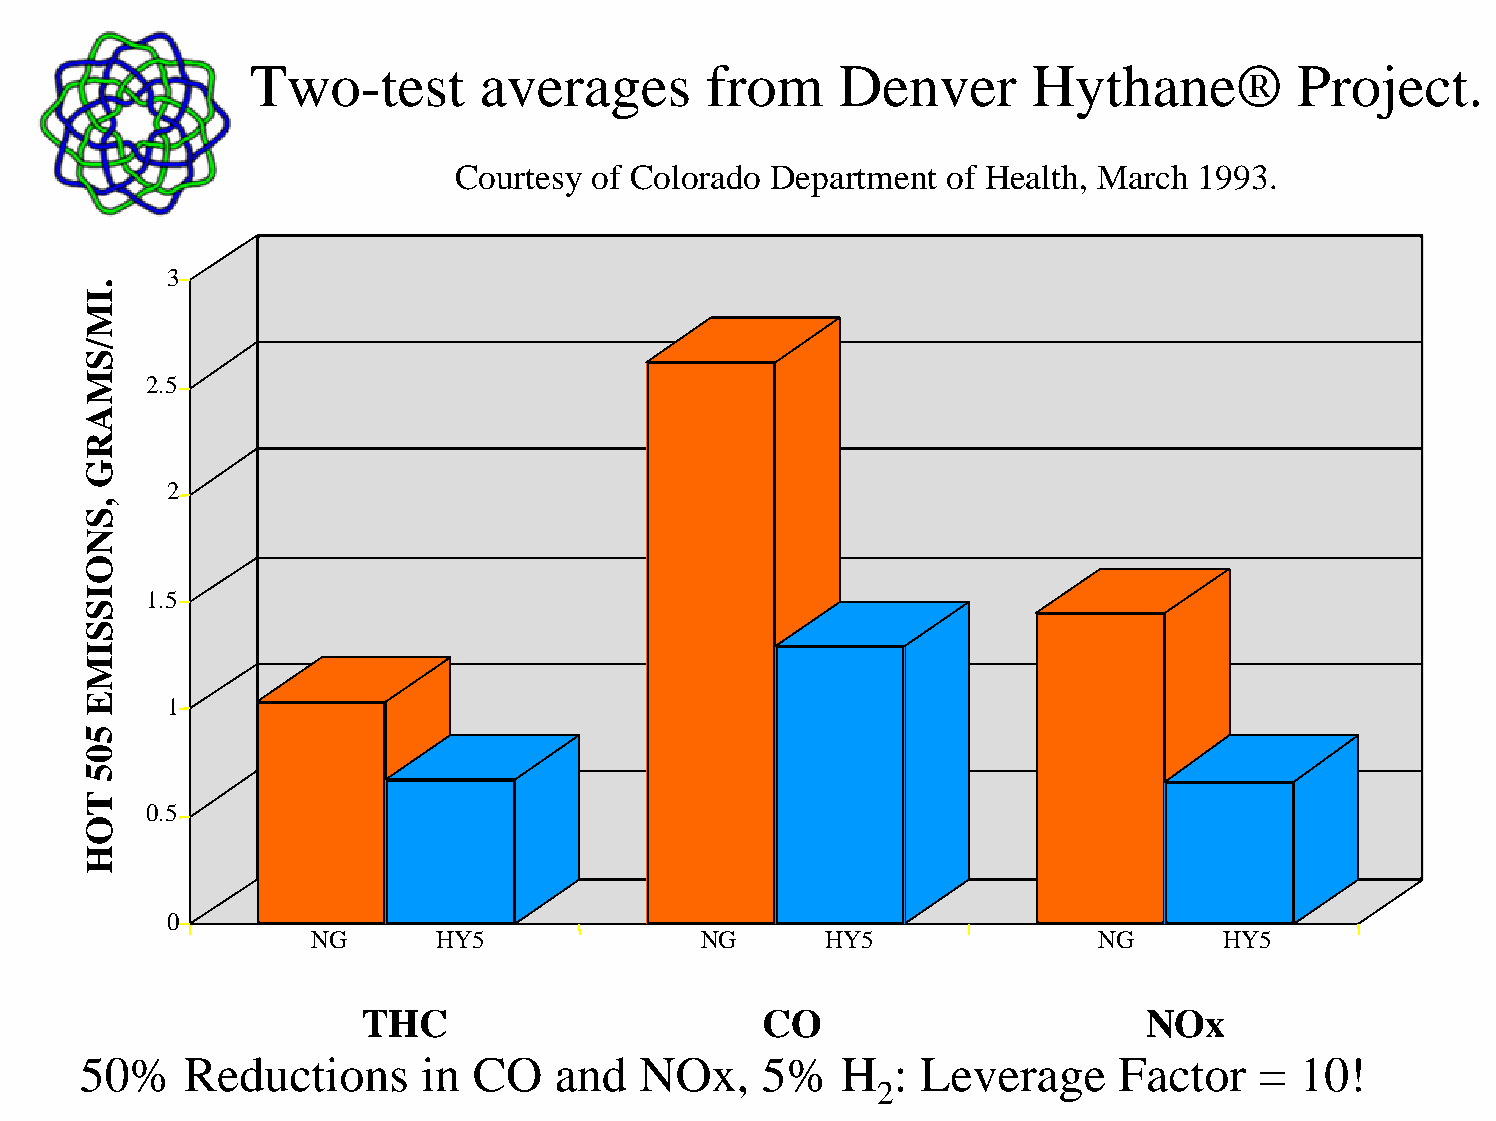
Two-test       averages       from     Denver      Hythane®          Project.
 Denver     Hythane®       Project   Results
 Courtesy of Colorado Department  of Health, March 1993.
 3
 2.5
 2
 1.5
 1
 0.5
 0
 NG      HY5               NG      HY5               NG      HY5
 THC                        CO                       NOx
 50%    Reductions      in CO    and  NOx,     5%   H  : Leverage     Factor   =  10!
 2
 .IM/SMARG
 ,SNOISSIME
 505
 TOH